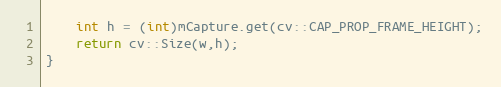
Language: C++
    int h = (int)mCapture.get(cv::CAP_PROP_FRAME_HEIGHT);
    return cv::Size(w,h);
}